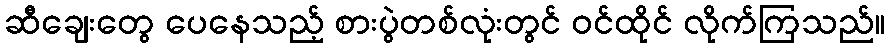
ဆီချေးတွေ ပေနေသည့် စားပွဲတစ်လုံးတွင် ဝင်ထိုင် လိုက်ကြသည်။